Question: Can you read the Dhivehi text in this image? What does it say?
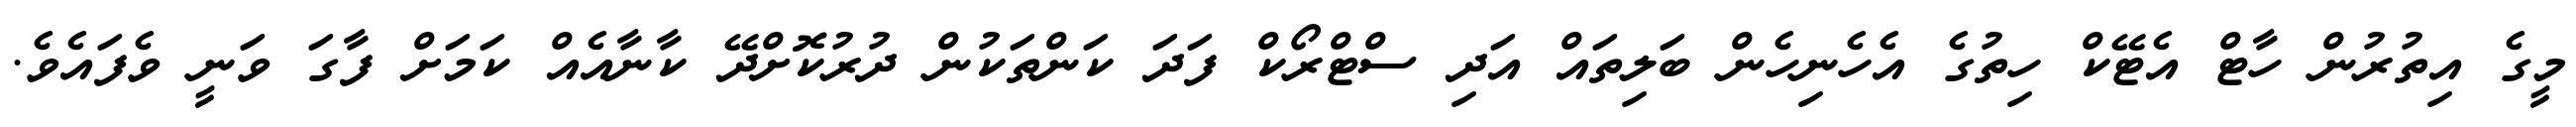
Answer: މީގެ އިތުރުން ހާޓް އެޓޭކް ހިތުގެ އެހެނިހެން ބަލިތައް އަދި ސްޓްރޯކް ފަދަ ކަންތަކުން ދުރުކޮށްދޭ ކާނާއެއް ކަމަށް ފާގަ ވަނީ ވެފައެވެ.